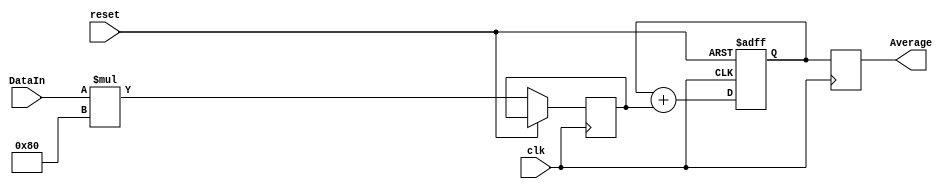
module exp_moving_avg_accumulator(
    input wire clk,
    input wire reset,
    input wire signed [15:0] DataIn,
    output reg signed [15:0] Average
);

reg signed [15:0] PrevAverage;
reg signed [15:0] WeightedData;
reg signed [15:0] Alpha = 8'b10000000; // Weighting constant (0.5 in fixed-point format)

always @(posedge clk or posedge reset) begin
    if(reset) begin
        PrevAverage <= 16'b0; 
    end else begin
        // Calculate exponential moving average
        WeightedData <= DataIn * Alpha;
        PrevAverage <= PrevAverage + WeightedData;
    end
end

always @(posedge clk) begin
    // Update current average
    Average <= PrevAverage;
end

endmodule